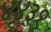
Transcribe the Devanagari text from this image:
४४३१